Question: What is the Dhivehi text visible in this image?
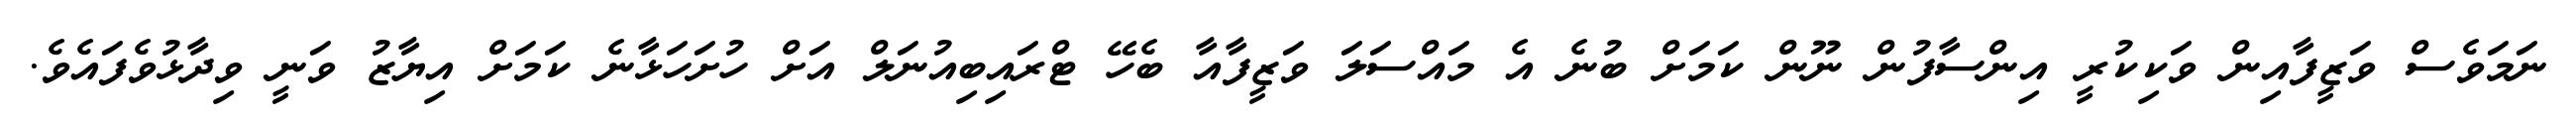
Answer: ނަމަވެސް ވަޒީފާއިން ވަކިކުރީ އިންސާފުން ނޫން ކަމަށް ބުނެ އެ މައްސަލަ ވަޒީފާއާ ބެހޭ ޓްރައިބިއުނަލް އަށް ހުށަހަޅާނެ ކަމަށް އިޔާޒު ވަނީ ވިދާޅުވެފައެވެ.